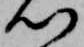
心